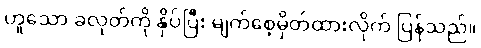
ဟူသော ခလုတ်ကို နှိပ်ပြီး မျက်စေ့မှိတ်ထားလိုက် ပြန်သည်။